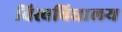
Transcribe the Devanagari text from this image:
विस्वबिधालय